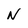
Character: N